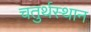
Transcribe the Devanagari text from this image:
चतुर्थस्थान